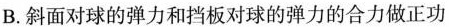
B.斜面对球的弹力和挡板对球的弹力的合力做正功